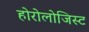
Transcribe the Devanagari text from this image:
होरोलोजिस्ट